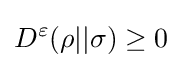
D^{\varepsilon }(\rho ||\sigma )\geq 0